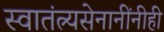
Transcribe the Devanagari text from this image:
स्वातंत्र्यसेनानींनीही